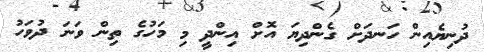
ދުނިޔެއިން ހަނދަށް ގެންދިޔަ އޮށް އިންދީ މި މަހުގެ ތިން ވަނަ ދުވަހު